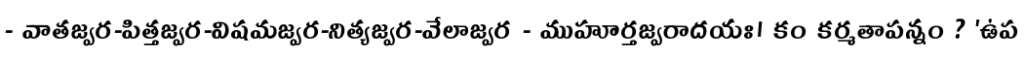
- వాతజ్వర-పిత్తజ్వర-విషమజ్వర-నిత్యజ్వర-వేలాజ్వర - ముహూర్తజ్వరాదయః। కం కర్మతాపన్నం ? 'ఉప